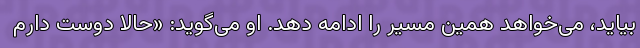
بیاید، می‌خواهد همین مسیر را ادامه دهد. او می‌گوید: «حالا دوست دارم